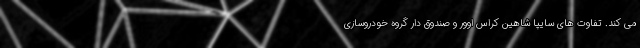
می کند. تفاوت های سایپا شاهین کراس اوور و صندوق دار گروه خودروسازی